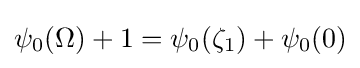
\psi _{0}(\Omega )+1=\psi _{0}(\zeta _{1})+\psi _{0}(0)